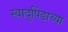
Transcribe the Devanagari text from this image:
स्वादुपिंडाच्या